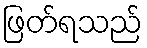
ဖြတ်ရသည်